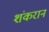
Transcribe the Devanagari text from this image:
शंकरानं